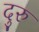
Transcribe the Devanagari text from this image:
दुरु